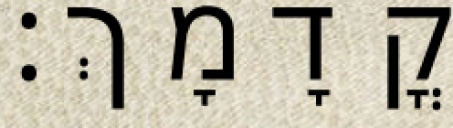
קֳדָמָךְ׃